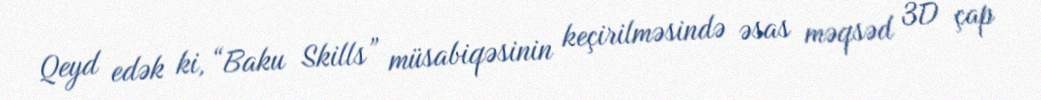
Qeyd edək ki, “Baku Skills” müsabiqəsinin keçirilməsində əsas məqsəd 3D çap